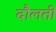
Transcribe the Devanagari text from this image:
दौलती